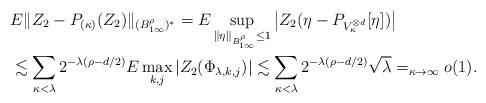
LaTeX: \begin{align*}&E\|Z_2-P_{(\kappa)}(Z_2)\|_{(B^\rho_{1\infty})^*} = E \sup_{\|\eta\|_{B^\rho_{1\infty}} \le 1} \left | Z_2 (\eta - P_{V^{\otimes d}_\kappa}[\eta])\right| \\& \lesssim \sum_{\kappa<\lambda} 2^{-\lambda(\rho-d/2)} E\max_{k,j} \left | Z_2(\Phi_{\lambda,k, j}) \right| \lesssim \sum_{\kappa<\lambda} 2^{-\lambda(\rho-d/2)} \sqrt \lambda =_{\kappa \to \infty} o(1).\end{align*}